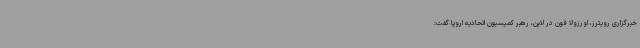
خبرگزاری رویترز، اورزولا فون در لاین، رهبر کمیسیون اتحادیه اروپا گفت: